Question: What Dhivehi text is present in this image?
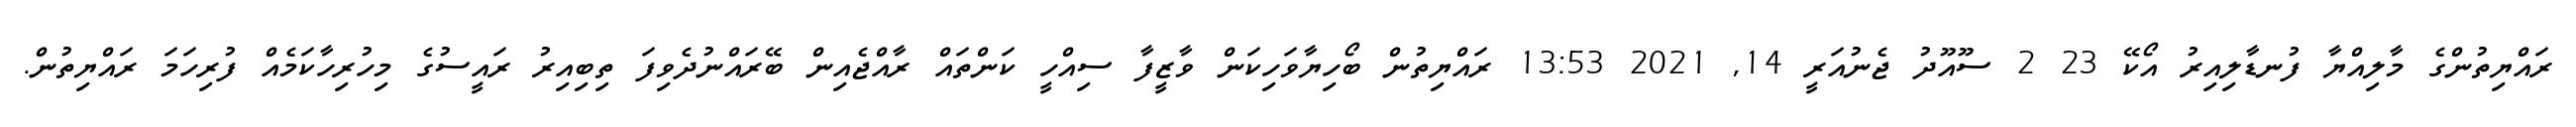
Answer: ރައްޔިތުންގެ މާލިއްޔާ ފުނޑާލިއިރު އޯކޭ 23 2 ސޫއޫދު ޖެނުއަރީ 14, 2021 13:53 ރައްޔިތުން ބޯހިޔާވަހިކަން ވާޒީފާ ސިއްހީ ކަންތައް ރާއްޖެއިން ބޭރައްނުދެވިފަ ތިބިއިރު ރައީސުގެ މިހުރިހާކަމެއް ފުރިހަމަ ރައްޔިތުން.